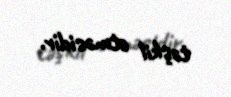
təşkil etməsidir.